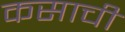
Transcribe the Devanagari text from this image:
कसाची